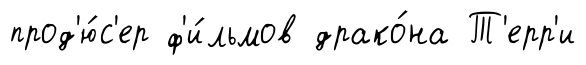
прод'ю́с'ер ф'и́льмов драко́на Т'ерр'и